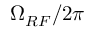
\Omega _ { R F } / 2 \pi